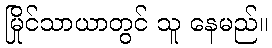
မြိုင်သာယာတွင် သူ နေမည်။